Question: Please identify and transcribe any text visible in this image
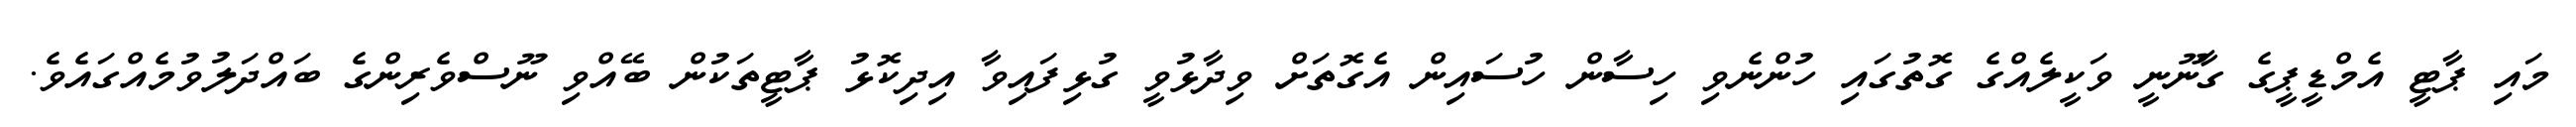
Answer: މައި ޕާޓީ އެމްޑީޕީގެ ގާނޫނީ ވަކީލެއްގެ ގޮތުގައި ހުންނެވި ހިސާން ހުސައިން އެގޮތަށް ވިދާޅުވީ ގުޅިފައިވާ އިދިކޮޅު ޕާޓީތަކުން ބޭއްވި ނޫސްވެރިންގެ ބައްދަލުވުމެއްގައެވެ.